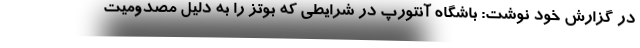
در گزارش خود نوشت: باشگاه آنتورپ در شرایطی که بوتز را به دلیل مصدومیت